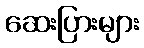
ဆေးပြားများ